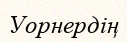
Уорнердің